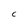
Character: C